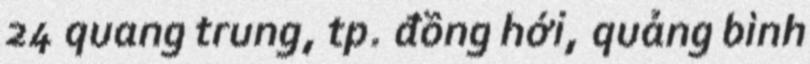
24 quang trung, tp. đồng hới, quảng bình